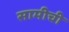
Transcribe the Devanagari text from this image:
सामीची